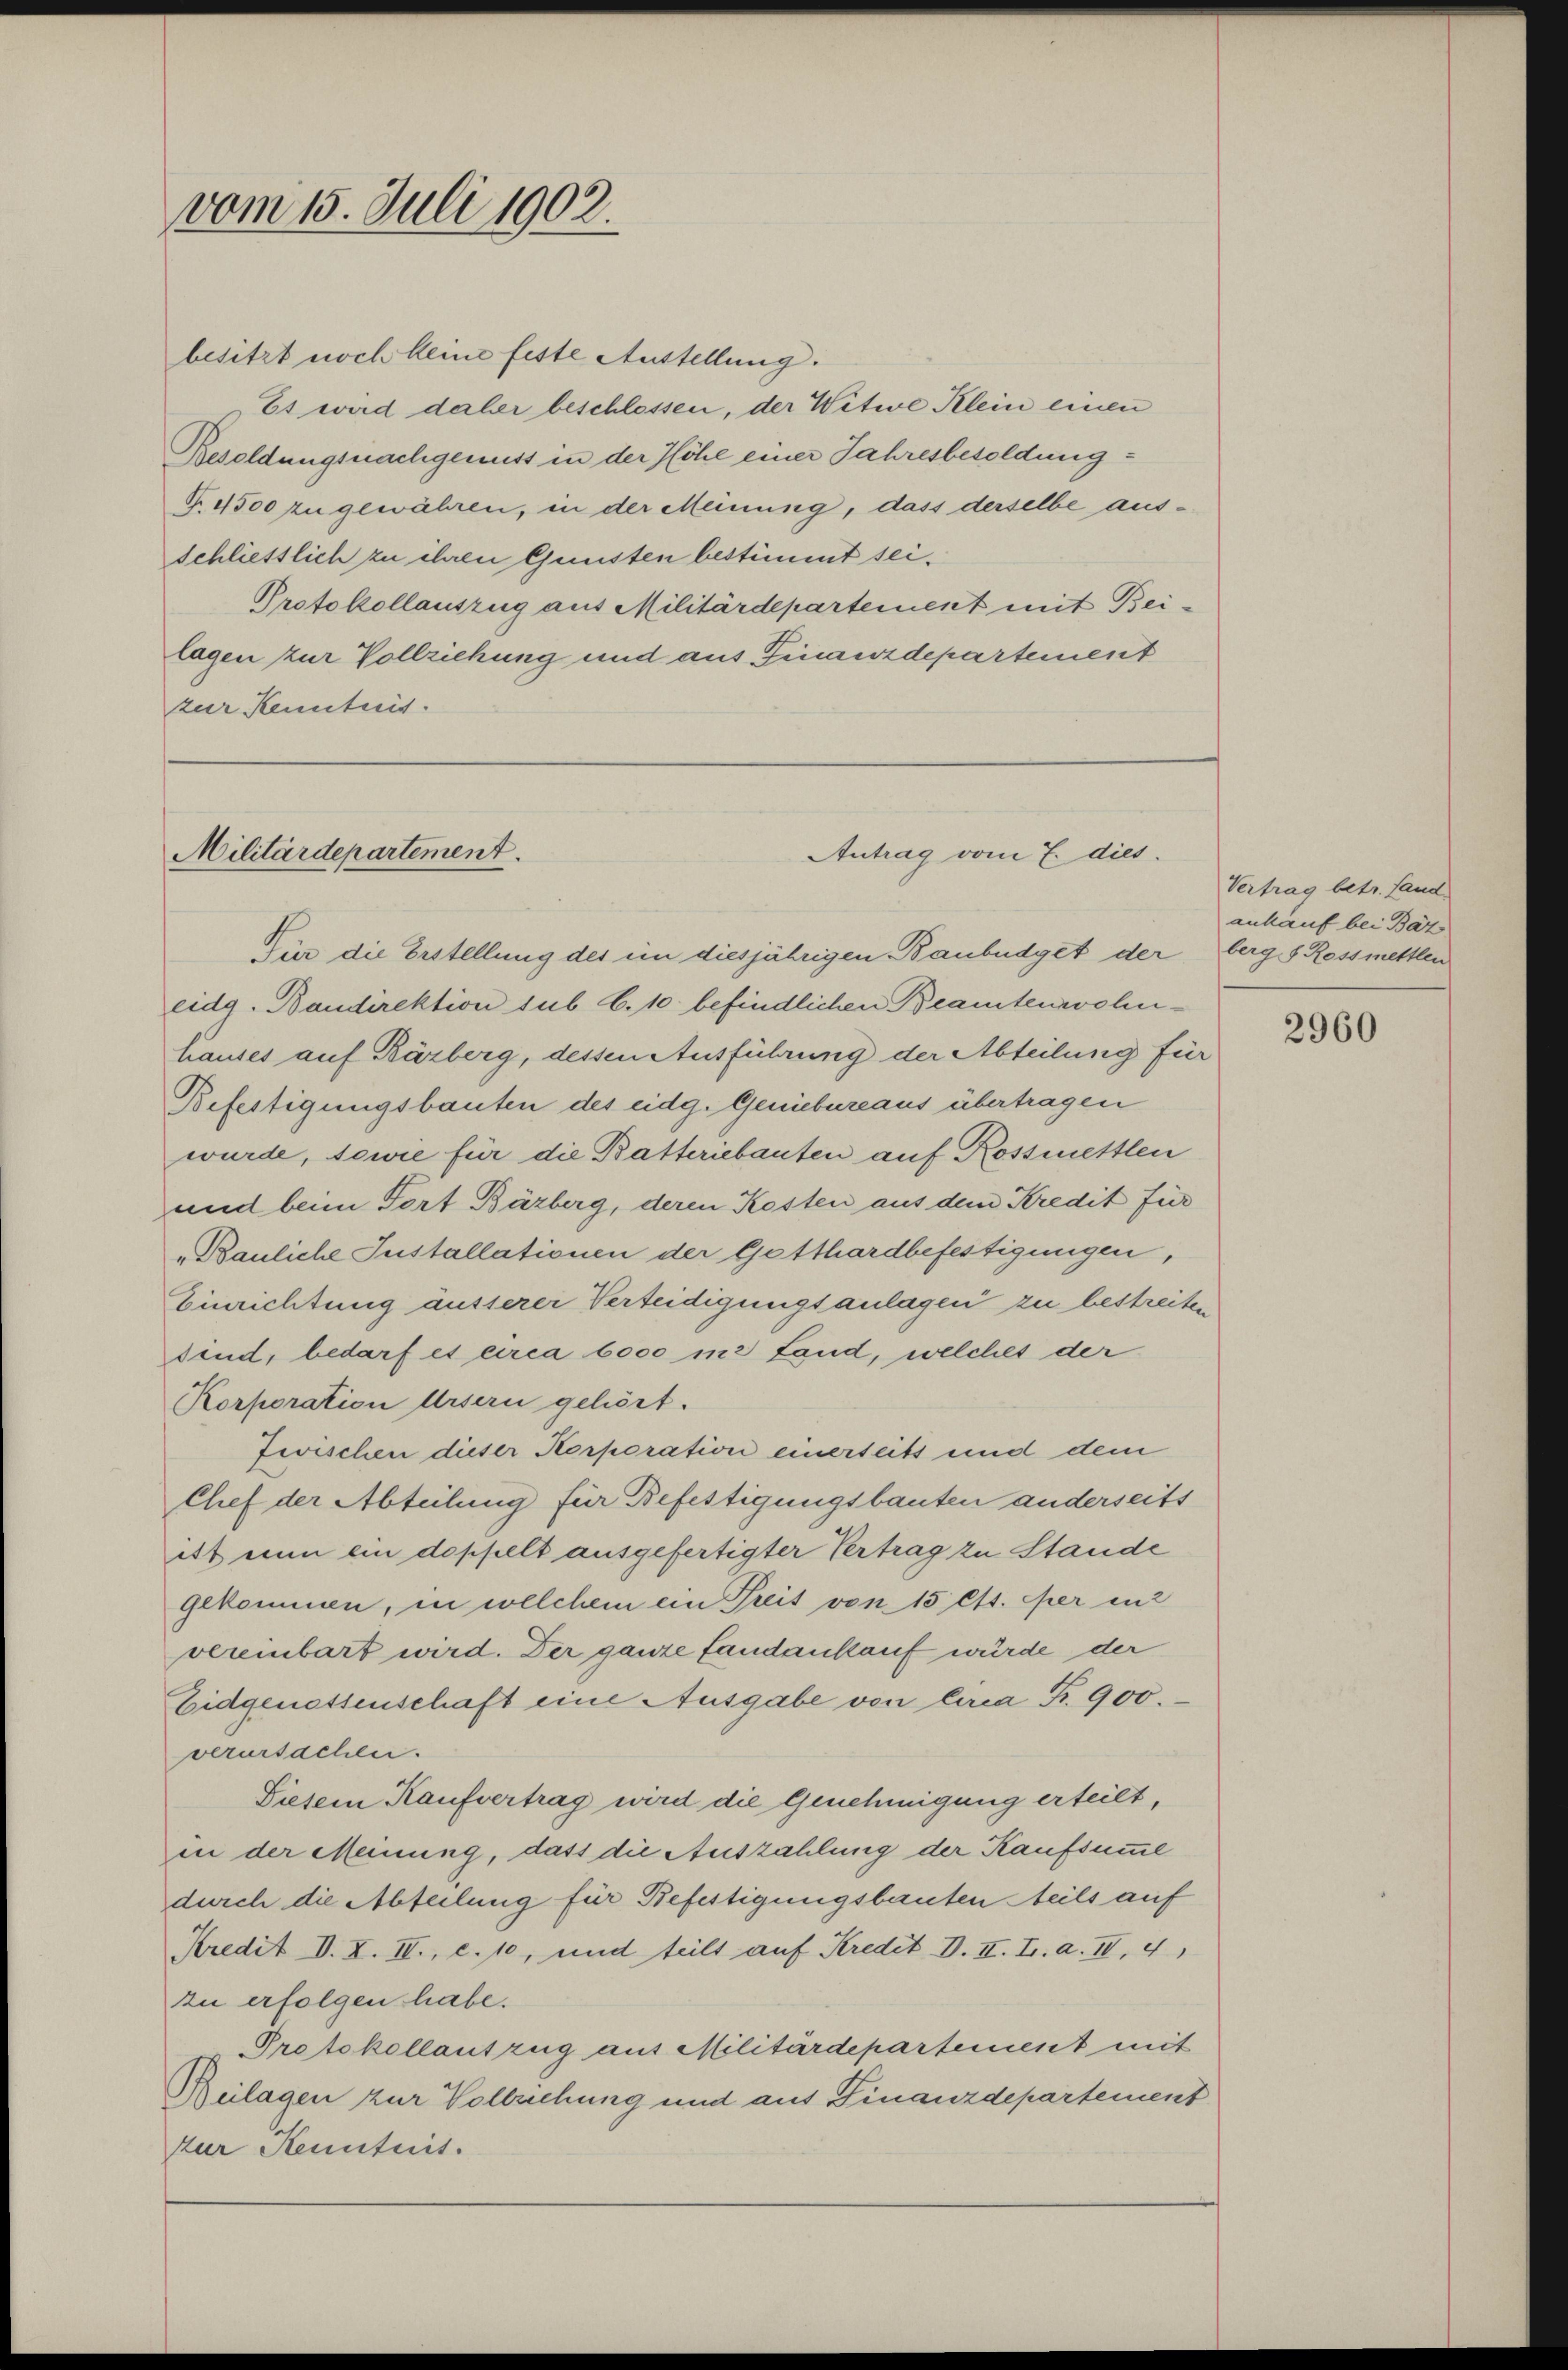
vom 15. Juli 1902.

besitzt noch keine feste Austellung.
Es wird daher beschlossen, der Witwe Klein einen
Besoldungsnachgenuss in der Höhe einer Jahresbesoldung
P.4500 zu gewähren, in der Meinung, dass derselbe ausschliesslich zu ihren Gunsten bestimmt sei.
Protokollauszug aus Militärdepartement mit Beilagen zur Vollziehung und aus Finanzdepartement
zur Kenntnis.

Militärdepartement.
Antrag vom 7. dies

Dies die Erstellung des ein diesjährigen Banbüdget der berg s. Rossmettlen
eidg. Baudirektion sub 6.10. befindlichen Beamtenwohnhauses auf Käzberg, dessen Ausführung der Abteilung für
Befestigungsbauten des eidg. Geniebureaus übertragen
wurde, sowie für die Batteriebanten auf Rossmettlen
und beim Tort Bärberg, deren Kosten aus dem Kredit für
„Bauliche Installationen der Gotthardbefestigungen,
Einrichtung äusserer Verteidigungsanlagen zu bestreiten
dend, bedarf es circa 6000 in Land, welches der
Korporation Ursern gehört.
Zwischen dieser Korporation einerseits und dem
Chef der Abteilung für Befestigungsbauten anderseits
itt nun ein doppelt ausgefertigter Vertrag zu Stande
gekommen, in welchem ein Preis von 15 Cts. er in
vereinbart wird. Der ganze Landankauf würde der
Eidgenossenschaft eine Ausgabe von Circa Fr. 900.
verursachen.
Diesem Kaufvertrag wird die Genehmigung erteilt,
in der Meinung, dass die Auszahlung der Kaufsumme
durch die Abteilung für Befestigungsbauten teils auf
Kredit V. X. IV., c. 10, und teilt auf Kredit d. II. L. a. III, 41
zu erfolgen habe.
Protokollauszug aus Militärdepartement mit
Beilagen zur Vollziehung und aus Finanzdepartement
zur Kenntnis.

Vertrag betr. Land
ankauf bei Bär

2960